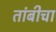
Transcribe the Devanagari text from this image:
तांबीचा